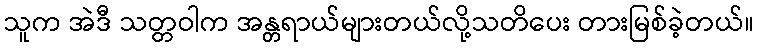
သူက အဲဒီ သတ္တဝါက အန္တရာယ်များတယ်လို့သတိပေး တားမြစ်ခဲ့တယ်။